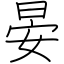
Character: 晏